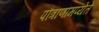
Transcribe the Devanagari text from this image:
पौत्राणामप्येते